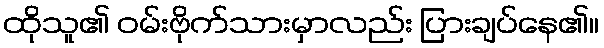
ထိုသူ၏ ဝမ်းဗိုက်သားမှာလည်း ပြားချပ်နေ၏။